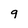
Character: g